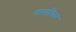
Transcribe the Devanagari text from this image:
नातालिस